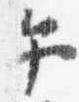
午